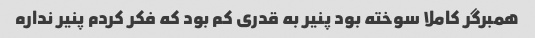
همبرگر کاملا سوخته بود پنیر به قدری کم بود که فکر کردم پنیر نداره